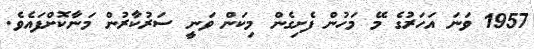
1957 ވަނަ އަހަރުގެ މޭ މަހުން ފެށިގެން މިކަން ވަނީ ސަރުކާރުން މަނާކޮށްފައެވެ.